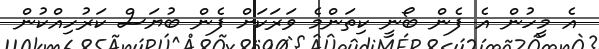
އެ މީހުން އެ ފެން ބޯނީ ކިތަންމެ ވަރަކަށް ފެން ބުޔަސް ކަރުހިއްކުން